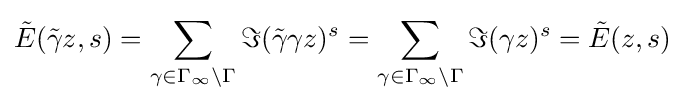
{\tilde {E}}({\tilde {\gamma }}z,s)=\sum _{\gamma \in \Gamma _{\infty }\backslash \Gamma }\Im ({\tilde {\gamma }}\gamma z)^{s}=\sum _{\gamma \in \Gamma _{\infty }\backslash \Gamma }\Im (\gamma z)^{s}={\tilde {E}}(z,s)